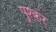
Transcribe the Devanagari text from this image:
पुश्कर